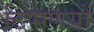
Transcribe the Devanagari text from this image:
टिप्पणयों